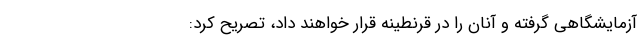
آزمایشگاهی گرفته و آنان را در قرنطینه قرار خواهند داد، تصریح کرد: